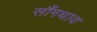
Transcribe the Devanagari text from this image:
सौंगथाव